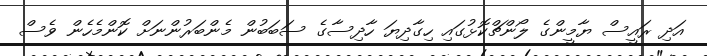
އަދި ރައީސް ޔާމީންގެ ލޯންޗްކޮޅުގައި ހިގާދިޔަ ހާދިސާގެ ސަބަބުން މެންބަރުންނަށް ކޮންމެހެން ވެސް